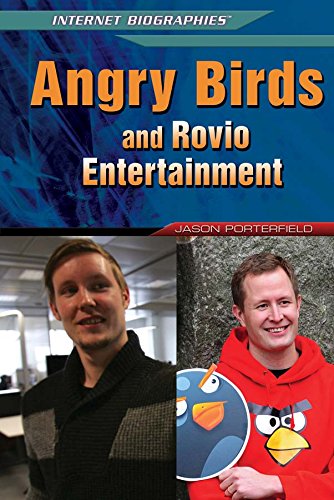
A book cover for Angry Birds and Rovio Entertainment (Internet Biographies); Jason Porterfield; Teen & Young Adult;